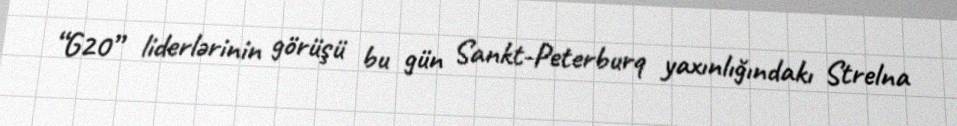
“G20” liderlərinin görüşü bu gün Sankt-Peterburq yaxınlığındakı Strelna